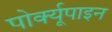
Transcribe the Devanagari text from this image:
पोर्क्यूपाइन